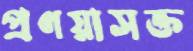
প্রণয়াসক্ত